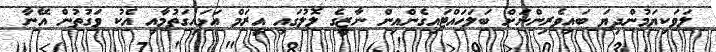
ލަވަކިޔަމުންދިޔަ ބައިވެރިންނަށް ބަލަހައްޓައިގެންއިން ނާޒީގެ ލޮލުގައި އީރަމް އަޅައިގަތުމާއި އެކު ވަގުތުން އޭނާ